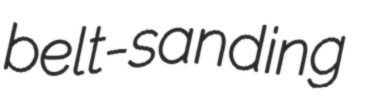
belt-sanding